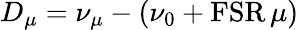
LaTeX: D_{\mu}=\nu_{\mu}-(\nu_{0}+\textrm{FSR}\, \mu)